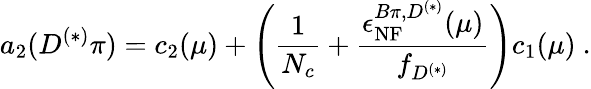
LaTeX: a_{2}(D^{(*)}\pi)=c_{2}(\mu)+\Bigg(\frac{1}{N_{c}}+\frac{\epsilon_{\mathrm{NF}}^{B\pi,D^{(*)}}(\mu)}{f_{D^{(*)}}}\Bigg)c_{1}(\mu)~.